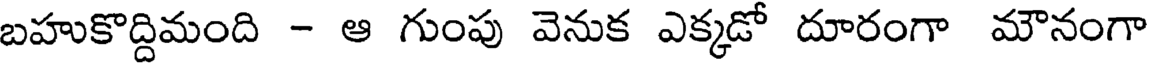
బహుకొద్దిమంది - ఆ గుంపు వెనుక ఎక్కడో దూరంగా మౌనంగా